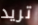
تريد